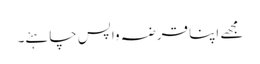
مجھے اپنا قرضہ واپس چاہئے۔